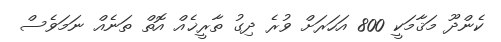
ކެންދޫ މަޤާމަކީ 800 އަހަރަށް ވުރެ ދިގު ތާރީޚެއް އޮތް ތަނެއް ނަމަވެސް